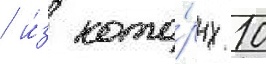
/ и́з кото́рых 10